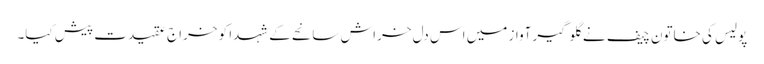
پولیس کی خاتون چیف نے گلوگیر آواز میں اس دل خراش سانحے کے شہدا کو خراج عقیدت پیش کیا۔